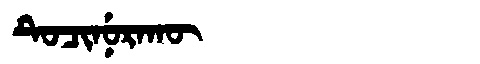
Manchu: ᡨᡠᠴᡳᠨᡠᡵᠠᡴᡡ
Romanization: TUCINURAKŪ